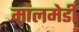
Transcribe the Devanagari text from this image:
मालमेडी